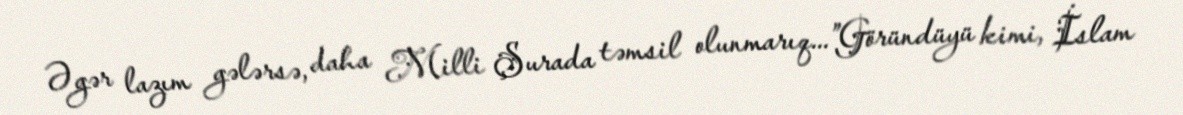
Əgər lazım gələrsə, daha Milli Şurada təmsil olunmarıq...”Göründüyü kimi, İslam